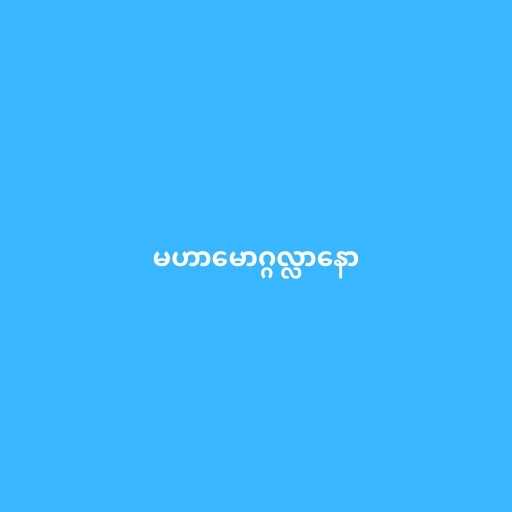
မဟာမောဂ္ဂလ္လာနော